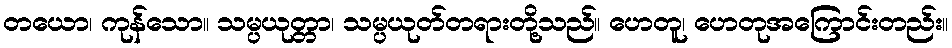
တယော၊ ကုန်သော။ သမ္ပယုတ္တာ၊ သမ္ပယုတ်တရားတို့သည်။ ဟေတူ၊ ဟေတုအကြောင်းတည်း။